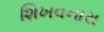
શિખવનારા